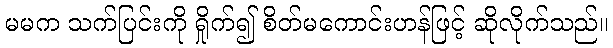
မမက သက်ပြင်းကို ရှိုက်၍ စိတ်မကောင်းဟန်ဖြင့် ဆိုလိုက်သည်။